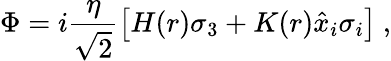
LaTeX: \Phi=i\frac{\eta}{\sqrt{2}}\left[H(r)\sigma_{3}+K(r)\hat{x}_{i}\sigma_{i}\right]\ ,